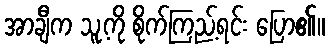
အာချီက သူ့ကို စိုက်ကြည့်ရင်း ပြော၏။